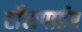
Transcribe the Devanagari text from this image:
टाँसपार्डर